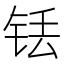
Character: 铥